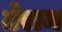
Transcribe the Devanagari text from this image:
तेराम